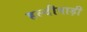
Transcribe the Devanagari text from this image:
हल्दीबाड़ी